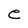
Character: e